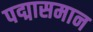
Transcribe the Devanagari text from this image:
पद्मासमान